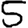
Digit: 5